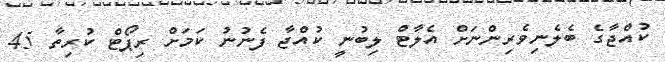
ކުއްޖާގެ ބެެލެނިވެރިންނަށް އެލާޓް ލިބުނީ ކުއްޖާ ފެނުނު ކަމަށް ރިޕޯޓް ކުރިތާ 45